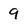
Character: 9